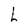
Character: L